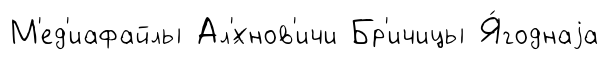
М'ед'иафайлы Ал'́хнов'ичи Бр'ичицы Я́годнаjа